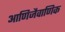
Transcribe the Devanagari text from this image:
आणिजैवाणिक